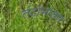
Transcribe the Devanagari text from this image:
तंटाभांडण